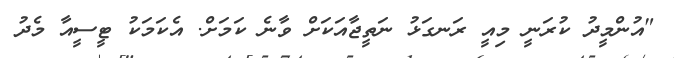
"އުންމީދު ކުރަނީ މިއީ ރަނގަޅު ނަތީޖާއަކަށް ވާނެ ކަމަށް. އެކަމަކު ޓީސީއާ މެދު